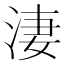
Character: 淒